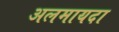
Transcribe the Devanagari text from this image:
अलमायदा